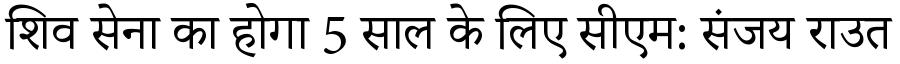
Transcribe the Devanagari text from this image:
शिव सेना का होगा 5 साल के लिए सीएम: संजय राउत